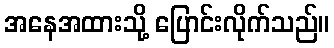
အနေအထားသို့ ပြောင်းလိုက်သည်။